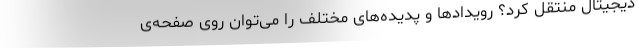
دیجیتال منتقل کرد؟ رویدادها و پدیده‌های مختلف را می‌توان روی صفحه‌ی